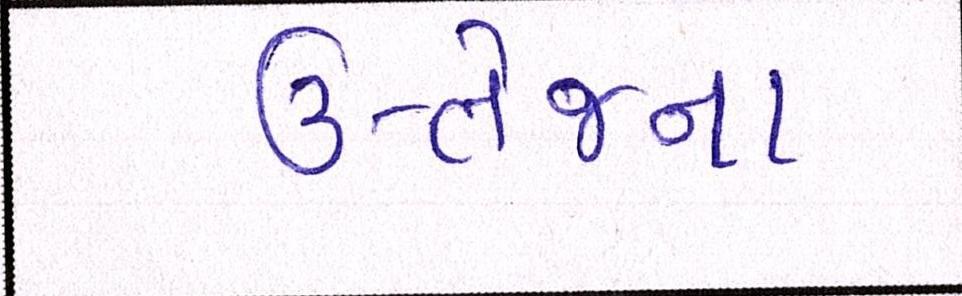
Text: ઉત્તેજના